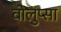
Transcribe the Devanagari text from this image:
वोलुप्सा